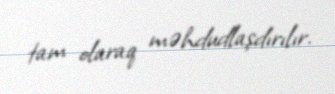
tam olaraq məhdudlaşdırılır.